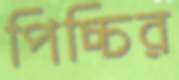
পিচ্চির